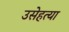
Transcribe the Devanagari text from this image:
उसेहत्या